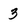
Character: 3